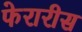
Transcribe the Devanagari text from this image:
फेरारीस